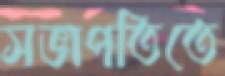
সভাপতিতে